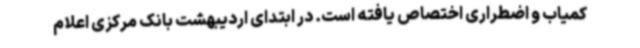
کمیاب و اضطراری اختصاص یافته است. در ابتدای اردیبهشت بانک مرکزی اعلام